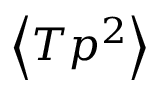
\left\langle T p ^ { 2 } \right\rangle